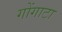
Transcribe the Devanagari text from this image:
गोंगाटा